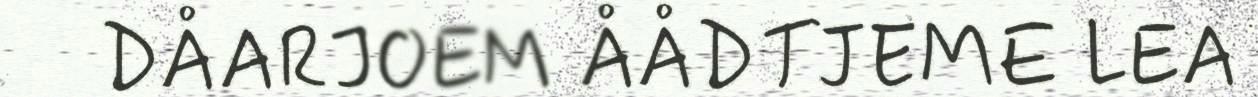
DÅARJOEM ÅÅDTJEME LEA